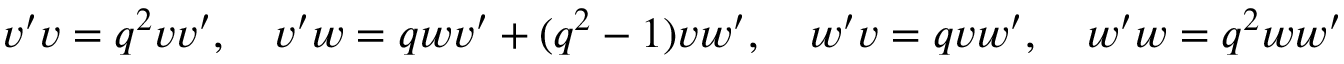
v ^ { \prime } v = q ^ { 2 } v v ^ { \prime } , \quad v ^ { \prime } w = q w v ^ { \prime } + ( q ^ { 2 } - 1 ) v w ^ { \prime } , \quad w ^ { \prime } v = q v w ^ { \prime } , \quad w ^ { \prime } w = q ^ { 2 } w w ^ { \prime }